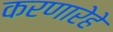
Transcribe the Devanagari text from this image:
करणारेहे